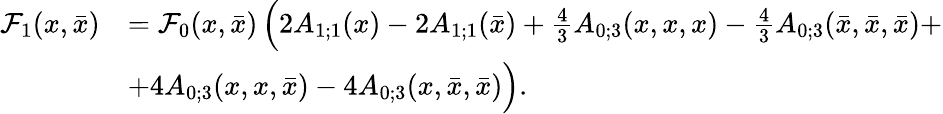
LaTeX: \begin{array}{rl}{{\mathcal F}_{1}(x,\bar{x})}&{={\mathcal F}_{0}(x,\bar{x})\, \Big(2A_{1;1}(x)-2A_{1;1}(\bar{x})+\frac{4}{3}A_{0;3}(x,x,x)-\frac{4}{3}A_{0;3}(\bar{x},\bar{x},\bar{x})+}\\ &{+4A_{0;3}(x,x,\bar{x})-4A_{0;3}(x,\bar{x},\bar{x})\Big).}\end{array}